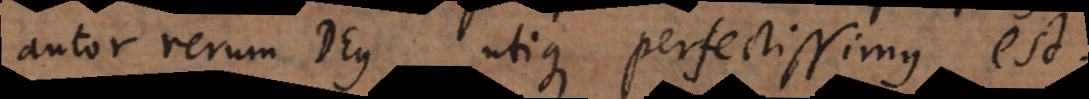
autor rerum Deus utique perfectissimus est.